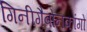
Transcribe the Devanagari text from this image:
गिनीगैबोनकांगो